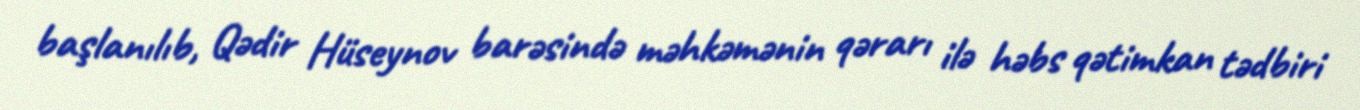
başlanılıb, Qədir Hüseynov barəsində məhkəmənin qərarı ilə həbs qətimkan tədbiri